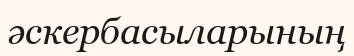
әскербасыларының